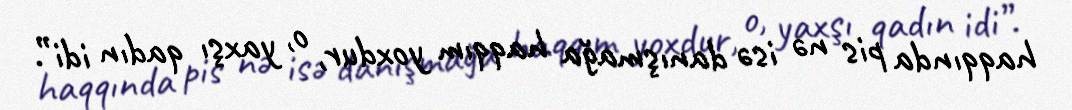
haqqında pis nə isə danışmağa haqqım yoxdur, o, yaxşı qadın idi”.